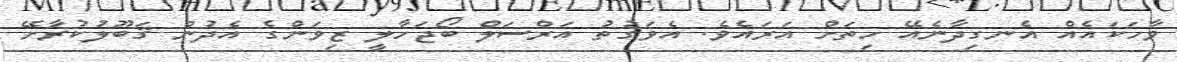
ވާހަކައެއް އެނގިދާނެއޭ ހިތަށް އަރައެވެ. އެވަގުތު އަރްސަލް ބޯޖަހާލީ ޒިވަންގެ އެދުން ޤަބޫލުކުރާށޭ